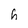
Character: h